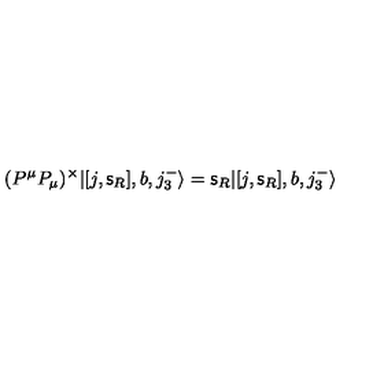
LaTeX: ( P ^ { \mu } P _ { \mu } ) ^ { \times } | [ j , { \mathsf s } _ { R } ] , b , j _ { 3 } ^ { - } \rangle = { \mathsf s } _ { R } | [ j , { \mathsf s } _ { R } ] , b , j _ { 3 } ^ { - } \rangle